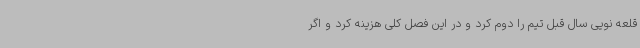
قلعه نویی سال قبل تیم را دوم کرد و در این فصل کلی هزینه کرد و اگر